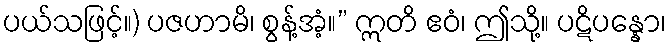
ပယ်သဖြင့်။) ပဇဟာမိ၊ စွန့်အံ့။” ဣတိ ဧဝံ၊ ဤသို့။ ပဋိပန္နော၊